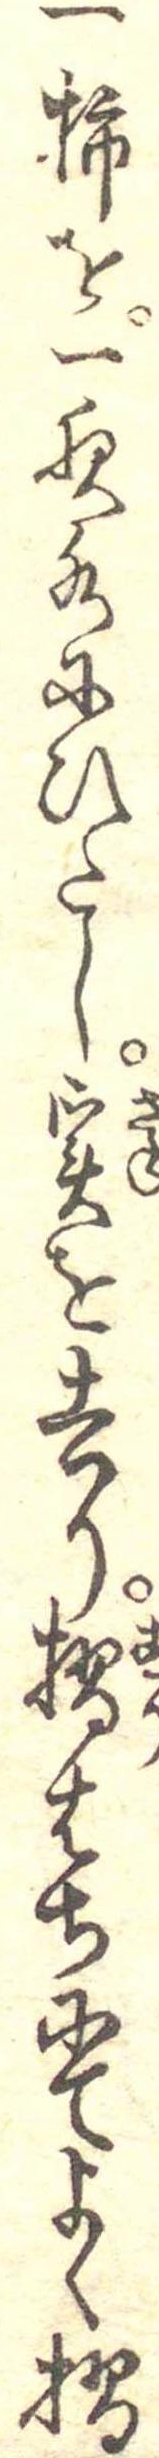
一柿を一夜水にひたし実を去り摺はちにてよく摺